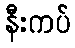
နီးကပ်